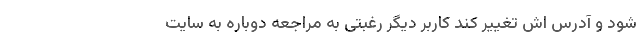
شود و آدرس اش تغییر کند کاربر دیگر رغبتی به مراجعه دوباره به سایت